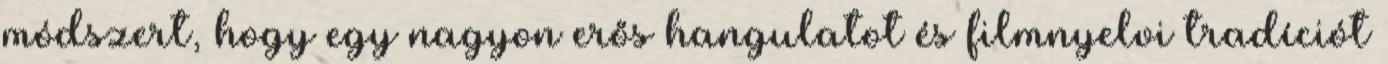
módszert, hogy egy nagyon erős hangulatot és filmnyelvi tradíciót